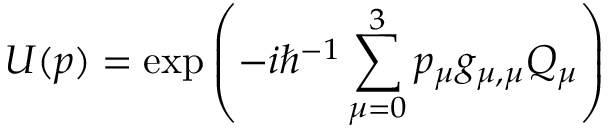
U ( p ) = \exp \left( - i \hbar ^ { - 1 } \sum _ { \mu = 0 } ^ { 3 } p _ { \mu } g _ { \mu , \mu } Q _ { \mu } \right)